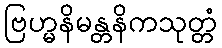
ဗြဟ္မနိမန္တနိကသုတ္တံ